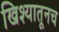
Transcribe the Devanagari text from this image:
खिश्यातूनच